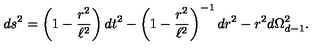
d s ^ { 2 } = \left( 1 - \frac { r ^ { 2 } } { \ell ^ { 2 } } \right) d t ^ { 2 } - \left( 1 - \frac { r ^ { 2 } } { \ell ^ { 2 } } \right) ^ { - 1 } d r ^ { 2 } - r ^ { 2 } d \Omega _ { d - 1 } ^ { 2 } .